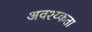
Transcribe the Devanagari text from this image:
अवश्य्कता